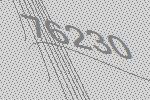
76230